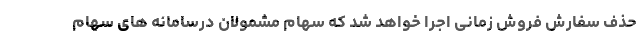
حذف سفارش فروش زمانی اجرا خواهد شد که سهام مشمولان درسامانه های سهام